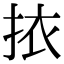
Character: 挔